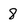
Character: 8